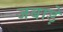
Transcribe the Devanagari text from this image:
जबाड़े